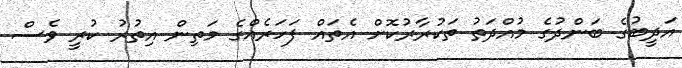
އަދީބުގެ ބަންދުގެ މުއްދަތު ތަކުރާރުކޮށް އެތައް ފަހަރެއްގެ މަތިން އިތުރު ކުރީ ވެސް